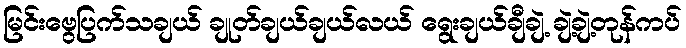
မြင်းဗွေပြက်သချယ် ချုတ်ချယ်ချယ်လယ် ရွေးချယ်ချီချဲ့ ချဲ့ချဲ့တုန်ကပ်